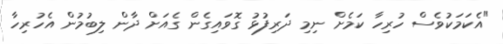
"އެކަމަކުވެސް ހުރިހާ ކަމެށް ނިމި ދަރިފުޅު ގޮވައިގެން ގެއަށް ދާން ލިބުމުން އެހުރިހާ